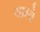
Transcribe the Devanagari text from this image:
याम्ये